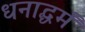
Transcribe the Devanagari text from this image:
धनाद्धर्मं